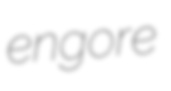
engore